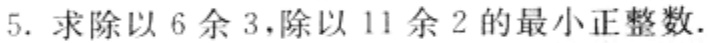
5. 求除以 6 余 3，除以 11 余 2 的最小正整数.